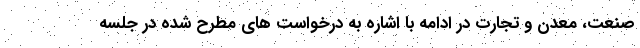
صنعت، معدن و تجارت در ادامه با اشاره به درخواست های مطرح شده در جلسه